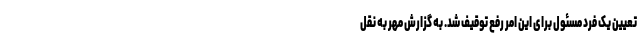
تعیین یک فرد مسئول برای این امر رفع توقیف شد. به گزارش مهر به نقل